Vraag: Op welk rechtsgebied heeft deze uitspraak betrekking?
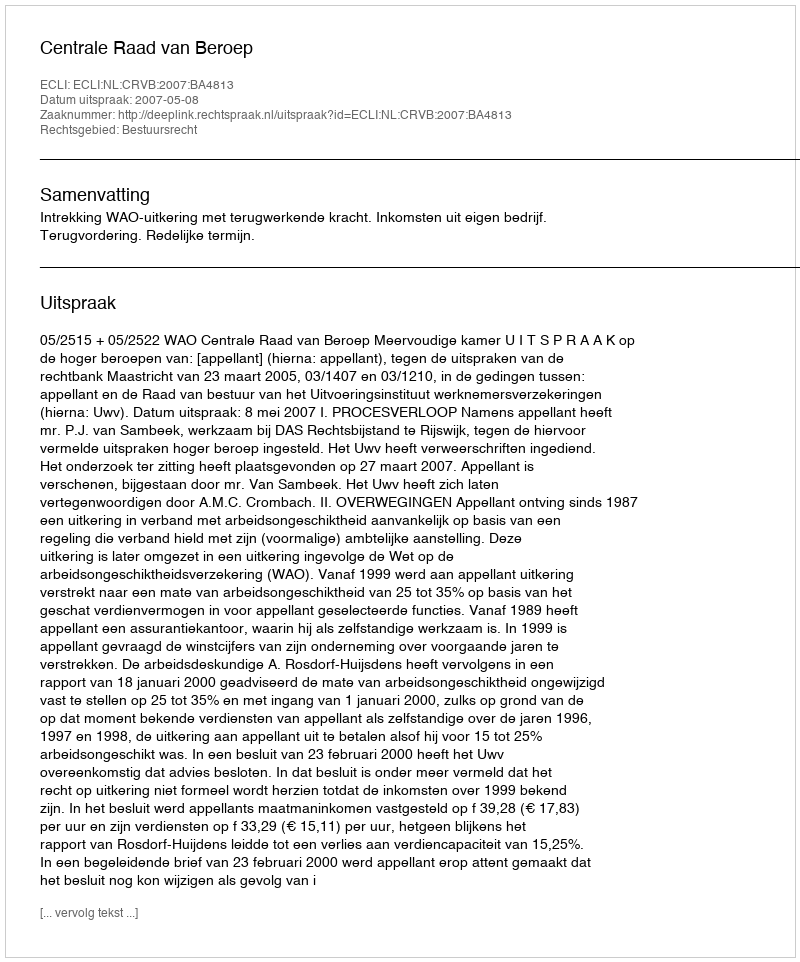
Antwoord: Bestuursrecht